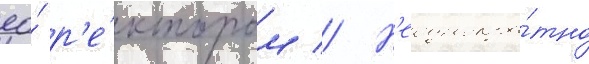
ео́ р'е́ктором // Н'еоднокра́тно